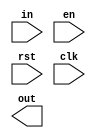
`timescale 1ns / 1ps
//////////////////////////////////////////////////////////////////////////////////
// Company: 
// Engineer: 
// 
// Design Name: 
// Module Name: reg
// Project Name: 
// Target Devices: 
// Tool Versions: 
// Description: 
// 
// Dependencies: 
// 
// Revision:
// Revision 0.01 - File Created
// Additional Comments:
// 
//////////////////////////////////////////////////////////////////////////////////


module myreg(
    input [16-1:0]in,
    input en,
    input rst,
    input clk,
    output reg [16-1:0]out
    );
    
endmodule